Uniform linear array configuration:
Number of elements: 4
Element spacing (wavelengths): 0.75
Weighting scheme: exponential
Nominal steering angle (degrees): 0
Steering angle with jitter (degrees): -1.956
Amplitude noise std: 0.05
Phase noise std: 0.05

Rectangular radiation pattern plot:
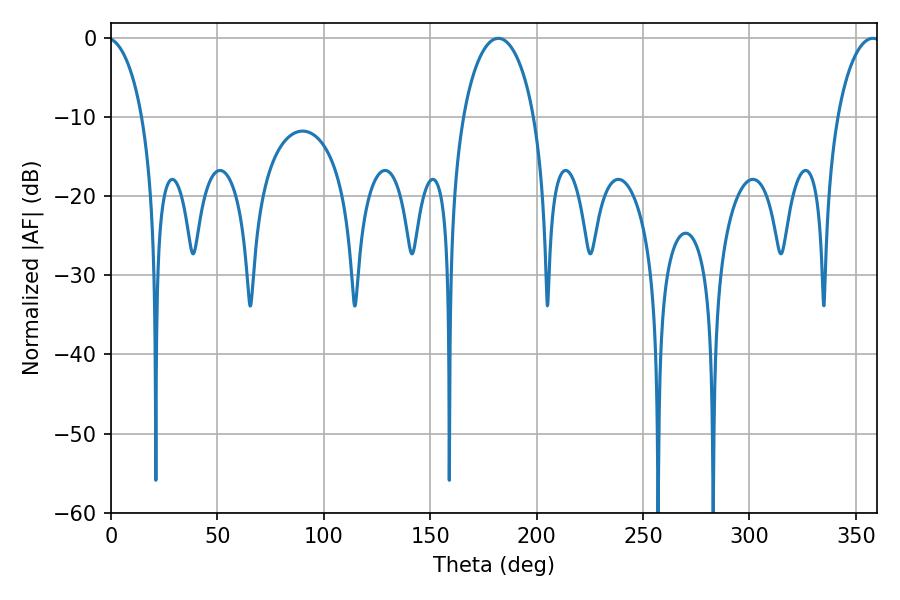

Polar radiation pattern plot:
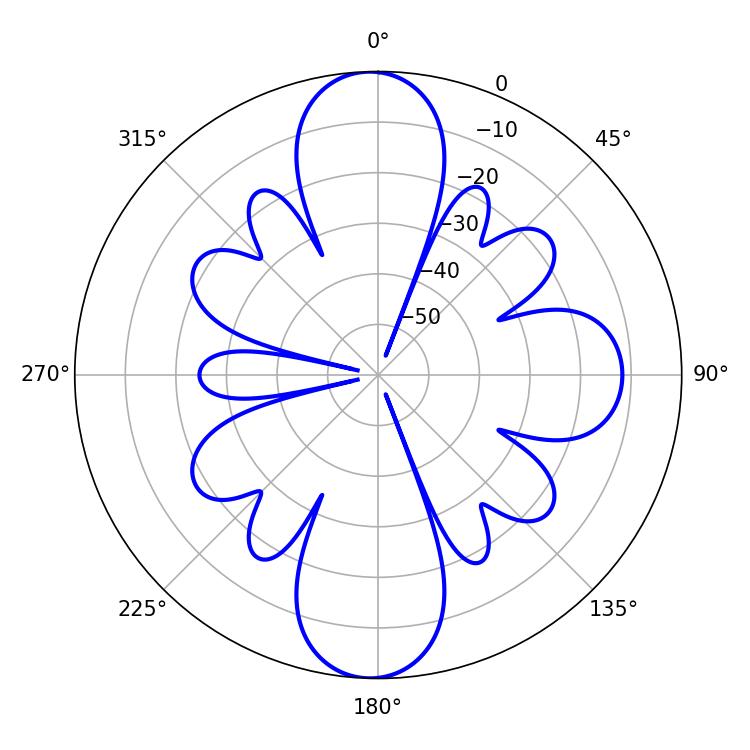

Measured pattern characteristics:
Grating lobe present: TRUE
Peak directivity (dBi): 29.927
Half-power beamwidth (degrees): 19.08
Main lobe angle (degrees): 181.98